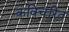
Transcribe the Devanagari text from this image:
कविचरित